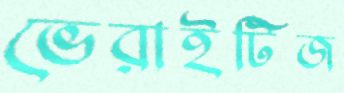
ভেরাইটিজ